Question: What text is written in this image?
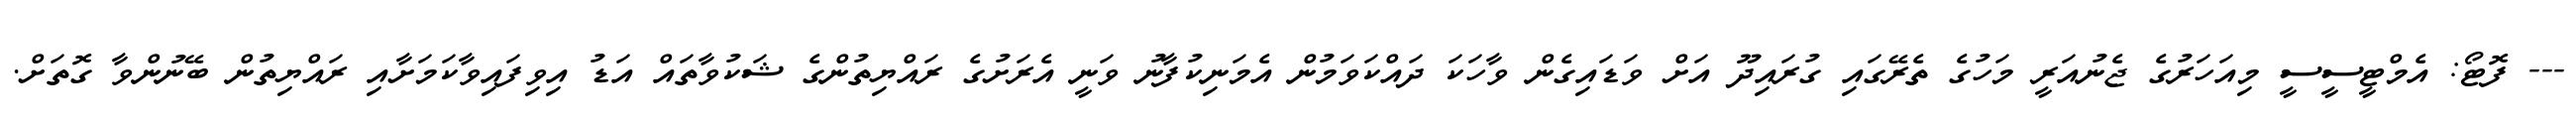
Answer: --- ފޮޓޯ: އެމްޓީސީސީ މިއަހަރުގެ ޖެނުއަރީ މަހުގެ ތެރޭގައި ގުރައިދޫ އަށް ވަޑައިގެން ވާހަކަ ދައްކަވަމުން އެމަނިކުފާނު ވަނީ އެރަށުގެ ރައްޔިތުންގެ ޝަކުވާތައް އަޑު އިވިފައިވާކަމަށާއި ރައްޔިތުން ބޭނުންވާ ގޮތަށް.